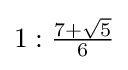
{\textstyle 1:{\frac {7+{\sqrt {5}}}{6}}}